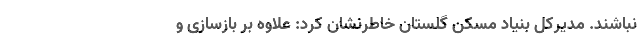
نباشند. مدیرکل بنیاد مسکن گلستان خاطرنشان کرد: علاوه بر بازسازی و